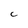
Character: C